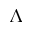
\Lambda